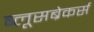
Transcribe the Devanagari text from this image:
ब्लूसब्रेकर्स